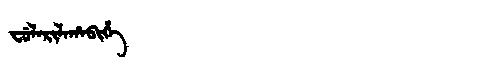
Manchu: ᠸᡠᠯᠠᡵᡳᠯᠠᡥᠠᠪᡳᡥᡝ
Romanization: FULARILAHABIHE